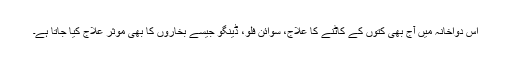
اس دواخانہ میں آج بھی کتوں کے کاٹنے کا علاج، سوائن فلو، ڈینگو جیسے بخاروں کا بھی موثر علاج کیا جاتا ہے۔